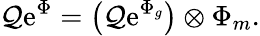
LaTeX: {\cal Q}\mathrm{e}^{\Phi}=\bigl({\cal Q}\mathrm{e}^{\Phi_{g}}\bigr)\otimes\Phi_{m}.